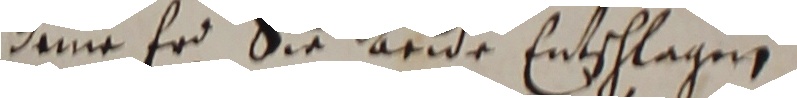
deme erd sie ardde entschlagen.